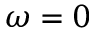
\omega = 0